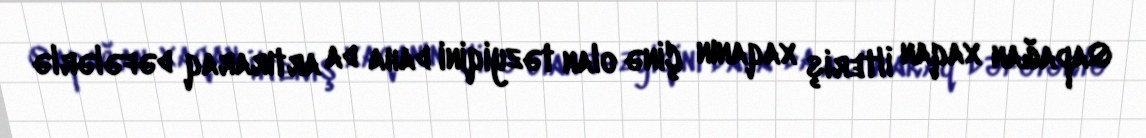
Qapağan xaqan İlteriş xaqanın Çinə olan təzyiqini daha da artıraraq dəfələrlə